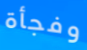
وفجأة